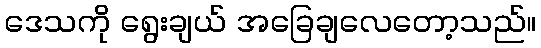
ဒေသကို ရွေးချယ် အခြေချလေတော့သည်။